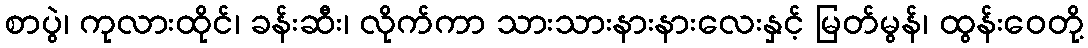
စာပွဲ၊ ကုလားထိုင်၊ ခန်းဆီး၊ လိုက်ကာ သားသားနားနားလေးနှင့် မြတ်မွန်၊ ထွန်းဝေတို့